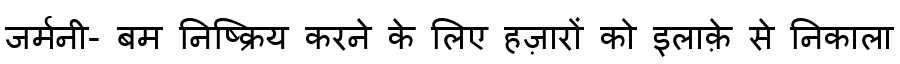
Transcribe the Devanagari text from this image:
जर्मनी- बम निष्क्रिय करने के लिए हज़ारों को इलाक़े से निकाला